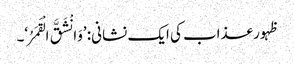
ظہور عذاب کی ایک نشانی: ’وَانْشَقَّ الْقَمَرُ‘۔